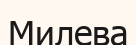
Милева